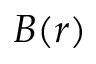
B ( r )